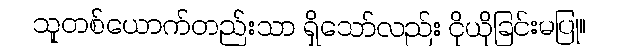
သူတစ်ယောက်တည်းသာ ရှိသော်လည်း ငိုယိုခြင်းမပြု။